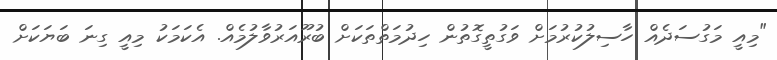
"މިއީ މަގުސަދެއް ހާސިލުކުރުމަށް ވަގުތީގޮތުން ހިދުމަތްތަކަށް ބުރޫއަރުވާލުމެއް. އެކަމަކު މިއީ ގިނަ ބަޔަކަށް